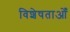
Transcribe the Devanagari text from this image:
विशेषताओँ